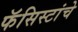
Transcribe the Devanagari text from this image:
फॅसिस्टांचे